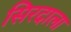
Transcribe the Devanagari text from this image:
सिरदाला